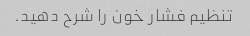
تنظیم فشار خون را شرح دهید.